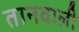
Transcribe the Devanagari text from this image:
तानवाली